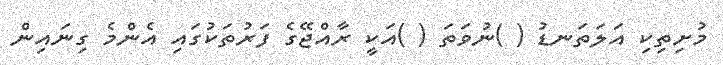
މުށިތިކި އަލަތަނޑު ( )ނުވަތަ ( )އަކީ ރާއްޖޭގެ ފަރުތަކުގައި އެންމެ ގިނައިން